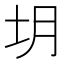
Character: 𪢻